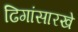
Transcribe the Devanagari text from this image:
ढिगांसारखे